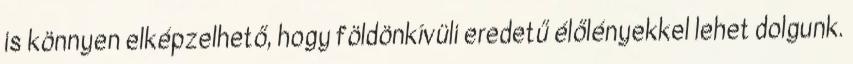
is könnyen elképzelhető, hogy földönkívüli eredetű élőlényekkel lehet dolgunk.